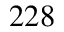
2 2 8